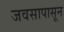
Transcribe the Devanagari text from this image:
जवसापासून